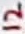
Text: 12